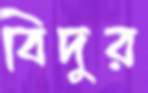
বিদুর